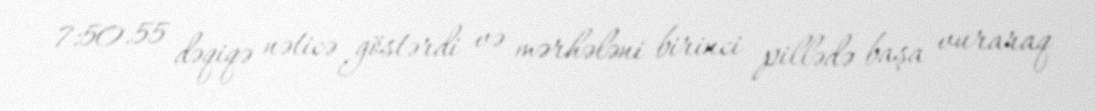
7:50.55 dəqiqə nəticə göstərdi və mərhələni birinci pillədə başa vuraraq